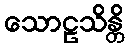
သောဠသိန္တိ